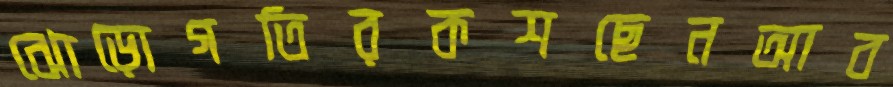
ঝোড়োগতিরকশছেনআব